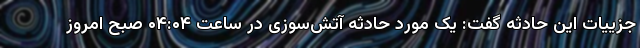
جزییات این حادثه گفت: یک مورد حادثه آتش‌سوزی در ساعت ۰۴:۰۴ صبح امروز